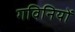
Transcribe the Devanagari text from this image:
गविनियों